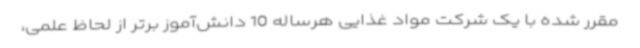
مقرر شده با یک شرکت مواد غذایی هرساله 10 دانش‌آموز برتر از لحاظ علمی،